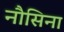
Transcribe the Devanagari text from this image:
नौसिना